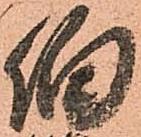
伯